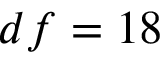
d f = 1 8